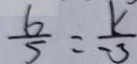
\frac { b } { 5 } = \frac { k } { - 3 }